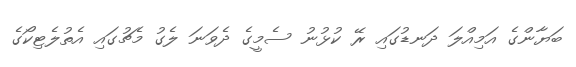
ބަޔާންގެ އަމިއްލަ ދަނޑުގައި ރޭ ކުޅުނު ސެމީގެ ދެވަނަ ލެގު މެޗުގައި އެތުލެޓިކޯގެ